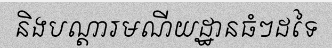
និងបណ្តារមណីយដ្ឋានធំៗដទៃ